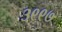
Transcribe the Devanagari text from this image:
३९९७